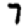
Digit: 7